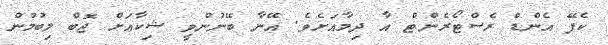
ކެފޭ އެންޑް ރެސްޓޯރެންޓް އާ ދިމާއަށެވެ. އޭނާ ބޭނުންވީ ޝިކާއަށް ޖޮބް ލިބުމުން